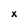
Character: x